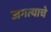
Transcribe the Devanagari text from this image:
जगत्याचे